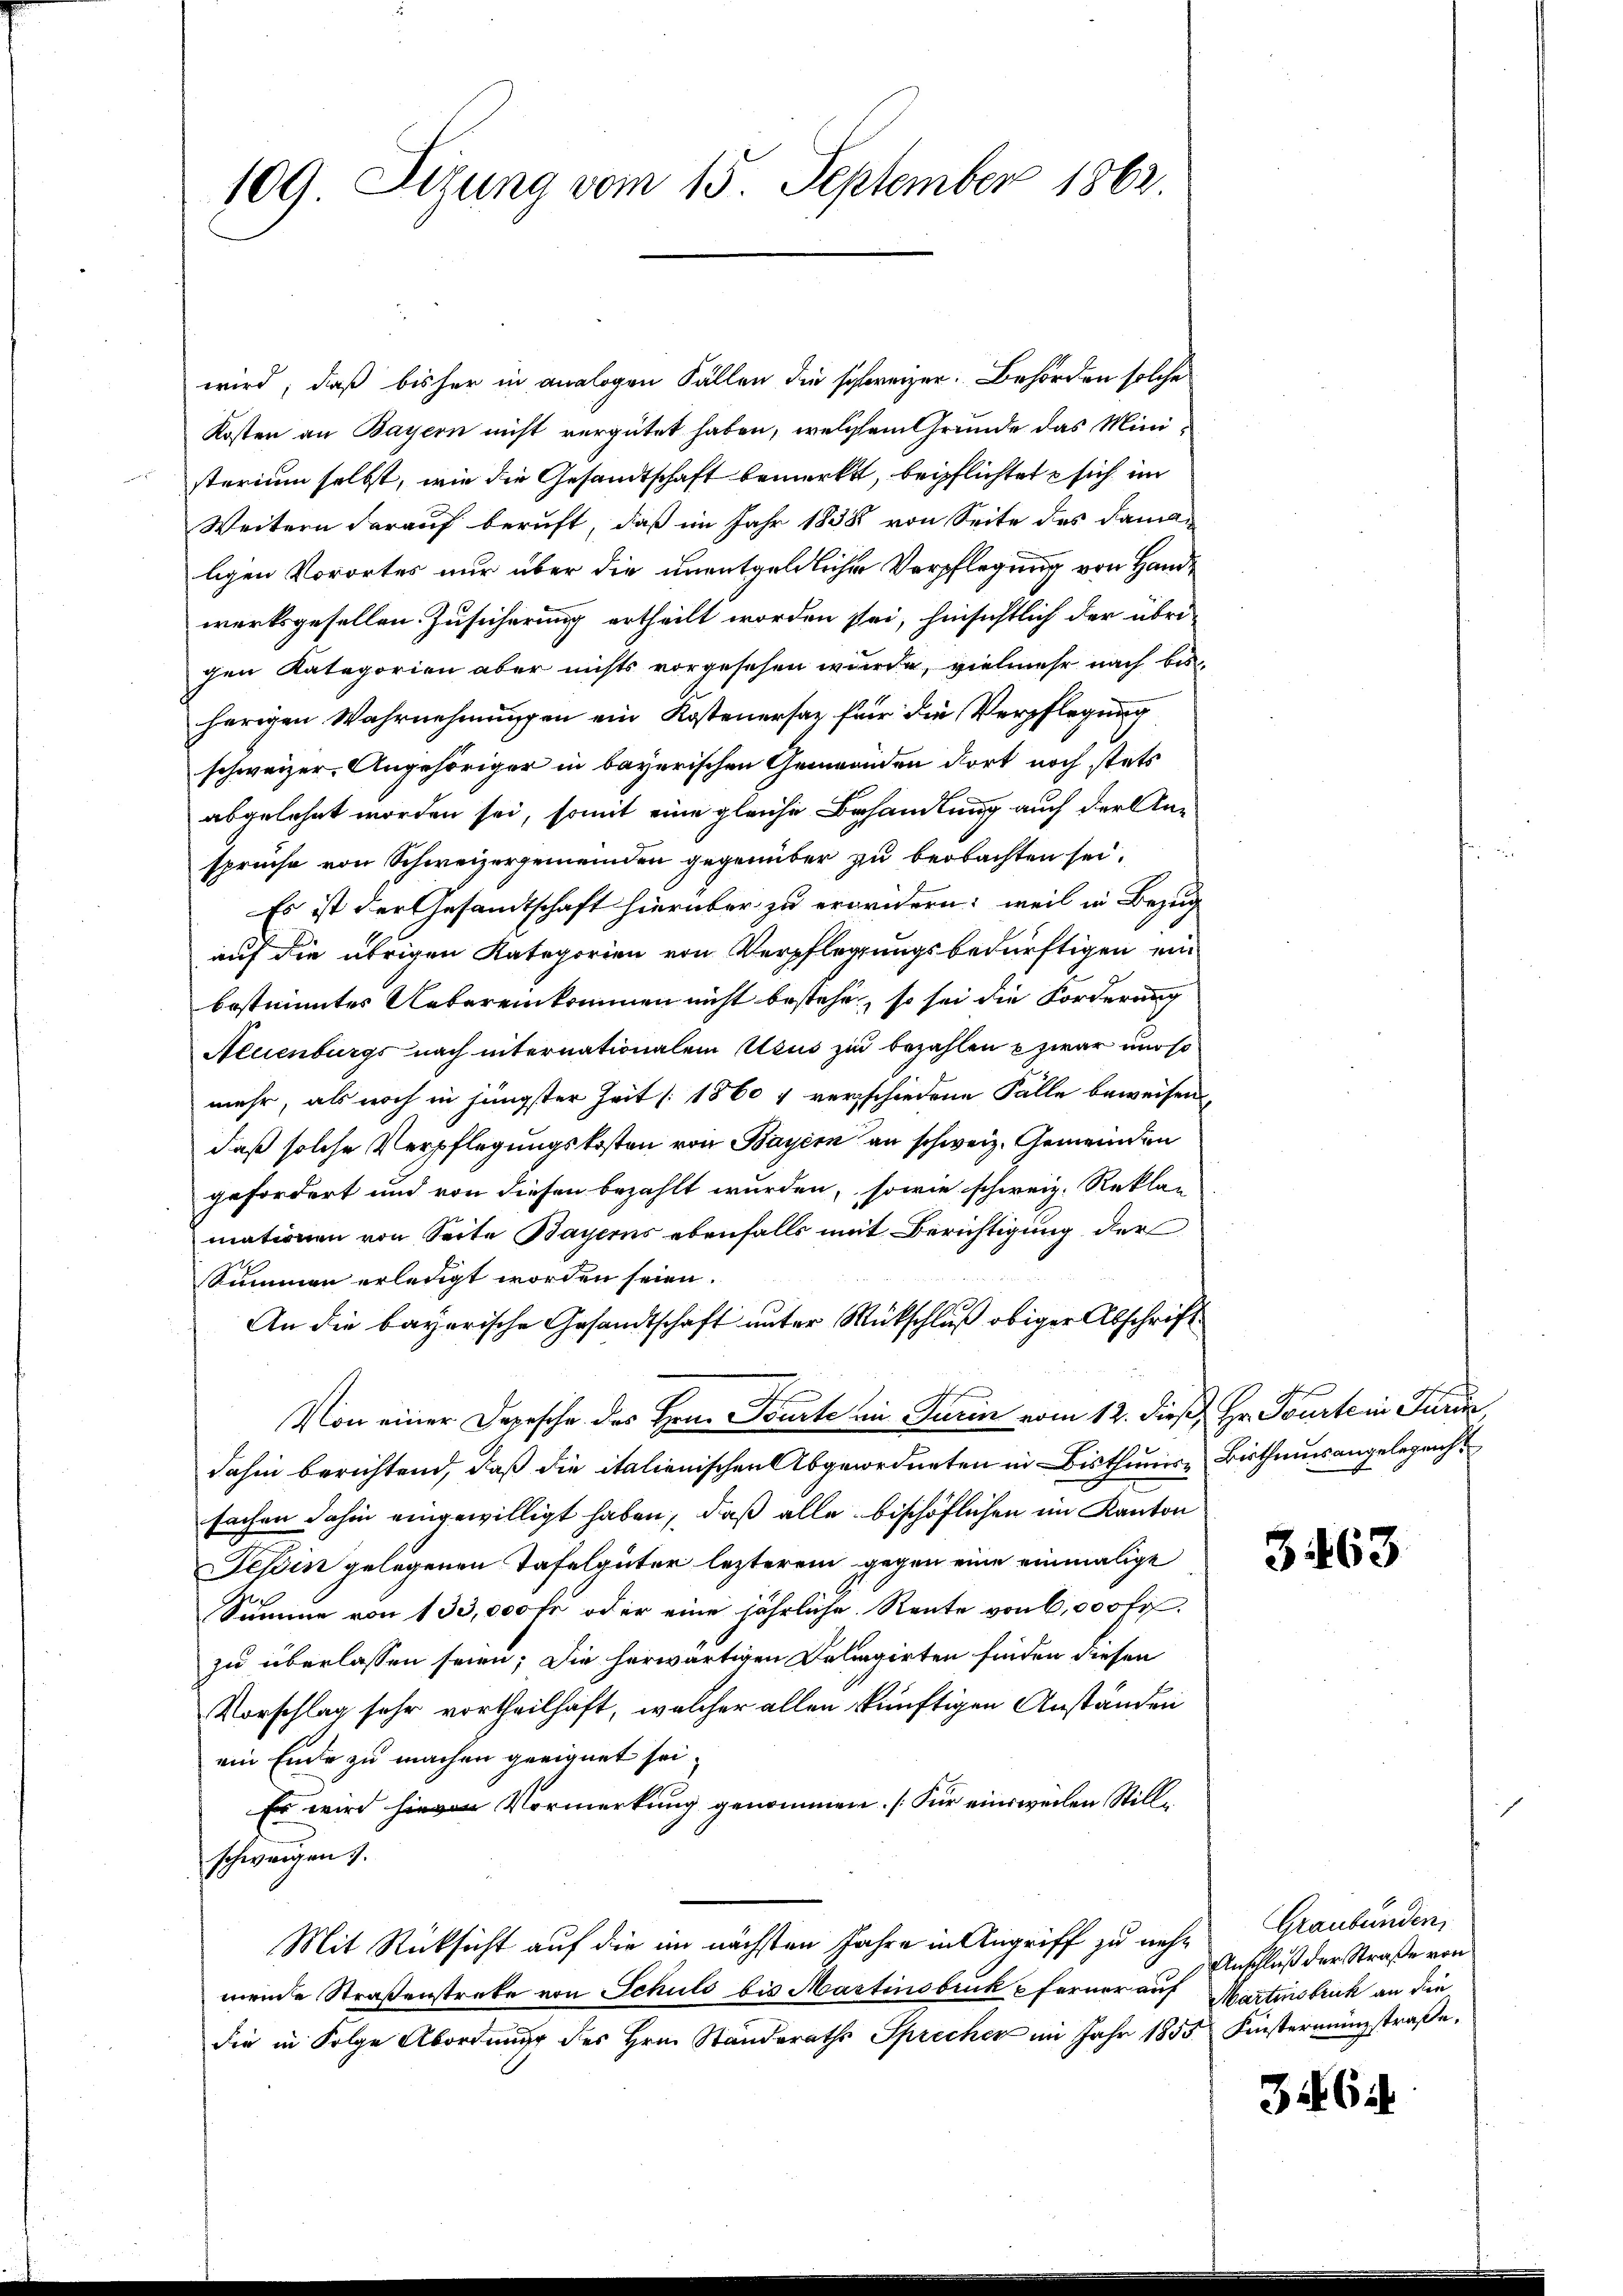
109. Sizung vom 15. September 1862.

wird; daß bisher in analogen Fällen die schweizer. Behörden solche
Kosten an Bayern nicht vergütet haben, welchem Grunde das Ministerium selbst, wie die Gesandtschaft bemerkt, beipflichtete sich im
Weitern darauf beruft, daß im Jahr 1838 von Seite des Famili
ligen Vorortes nur über die unentgeldlicher Verpflegung von Handwerksgesellen. Zusicherung ertheilt worden sei, hinsichtlich der übrigen Kategorien aber nichts vorgesehen wurde, vielmehr nach bis
herigen Wahrnehmungen ein Kostenersatz für die Verpflegung
schweizer Angehöriger in bayerischen Gemeinden dort noch stets
abgelehnt worden sei, somit eine gleiche Behandlung auch der Anspruche von Schweizergemeinden gegenüber zu beobachten sei.
Es ist der Gesandtschaft hierüber zu erordern: weil in Bezug
auf die übrigen Kategorien von Verpflegungsbedürftigen ein
bestimmtes Uebereinkommen nicht bestehe, so sei die Forderung
Neuenburgs nach internationalem Usus zu bezahlen zwar und so
mehr, als noch in jüngster Zeit [1860 & verschiedene Fälle beweisen,
daß solche Verpflegungskosten von Bayern an schweiz. Gemeinden
gefordert und von diesen bezahlt wurden, sowie schweiz. Rekla-
mationen von Seite Bayerns ebenfalls mit Berichtigung der
Summen erledigt worden seien.
An die bayerische Gesandtschaft unter Rückschluß obiger Abschrift
Von einer Depesche des Hrn. Toute in Turin vom 12. dieß, Hr. Tourte in Turin,
dahin berichtend, daß die italienischen Abgeordneten in Bisthums- Bisthausangelegenh
sachen dahin eingewilligt haben, daß alle bischöflichen im Kanton
Tessin gelegenen Tafelgüter lezterem gegen eine einmalige
Summe von 133,000 fr oder eine jährliche Rente von 6,000 Fr.
zu überlassen seien; die herwärtigen Deligirten finden diesen
Vorschlag sehr vortheilhaft, welcher allen künftigen Anständen
ein Ende zu machen geeignet sei.
Es wird hievon Vormerkung genommen. [Für einsweilen Stillschweigen.
Mit Rücksicht auf die im nächsten Jahre in Angriff zu nehmende Straßenstreke von Schuld bis Martinsbruk & ferner auf
die in Folge Abordnung des Hrn. Standeraths Sprecher im Jahr 1855 Finstermainstraße,

3463

Graubünden,
Anschluß der Straße von
Martinsbruck an die

3462